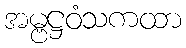
အမ္ဗဋ္ဌဝံသကထာ